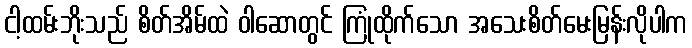
ငါ့ထမ်းဘိုးသည် စိတ်အိမ်ထဲ ဝါဆောတွင် ကြုံထိုက်သော အသေးစိတ်မေးမြန်းလိုပါက